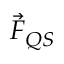
\vec { F } _ { Q S }